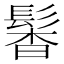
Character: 𩭰